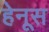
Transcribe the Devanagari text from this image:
हेनूस